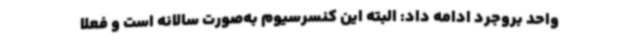
واحد بروجرد ادامه داد: البته این کنسرسیوم به‌صورت سالانه است و فعلاً